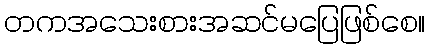
တကအသေးစားအဆင်မပြေဖြစ်စေ။